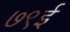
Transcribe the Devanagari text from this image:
७९ई